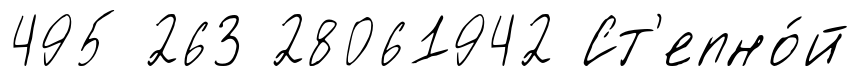
495 263 28061942 Ст'епно́й